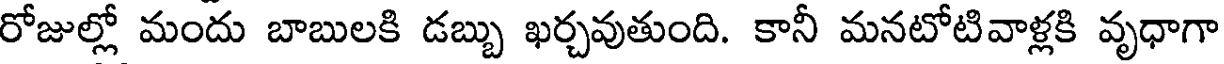
రోజుల్లో మందు బాబులకి డబ్బు ఖర్చవుతుంది. కానీ మనటోటివాళ్లకి వృధాగా